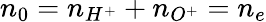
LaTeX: n_{0}=n_{H^{+}}+n_{O^{+}}=n_{e}